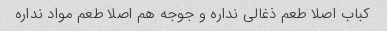
کباب اصلا طعم ذغالی نداره و جوجه هم اصلا طعم مواد نداره